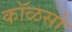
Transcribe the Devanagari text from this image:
कॉळसो